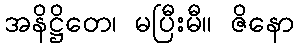
အနိဋ္ဌိတေ၊ မပြီးမီ။ ဇိနော